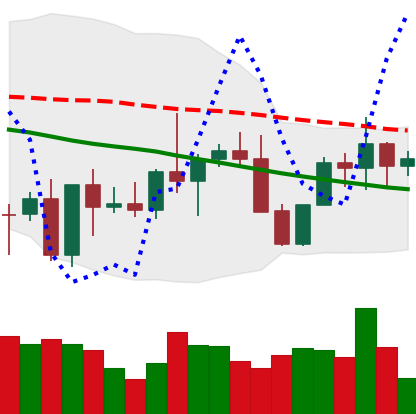
Ticker: XMR-USD
Chart end date: 2022-10-08
Forward return: -3.037%
Label: down_3_5